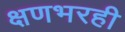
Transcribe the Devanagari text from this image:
क्षणभरही